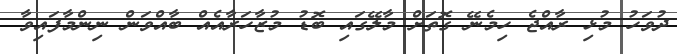
ދުވަހު މުޅި ރާއްޖެ ހިމެނޭ ގޮތަށް މާލޭގައި ބޮޑު މުޒާހަރާއެއް ބާއްވަން ނިންމާފައިވާ